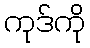
ကုဒ်ကို